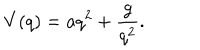
LaTeX: V ( q ) = a q ^ { 2 } + \frac { g } { q ^ { 2 } } .